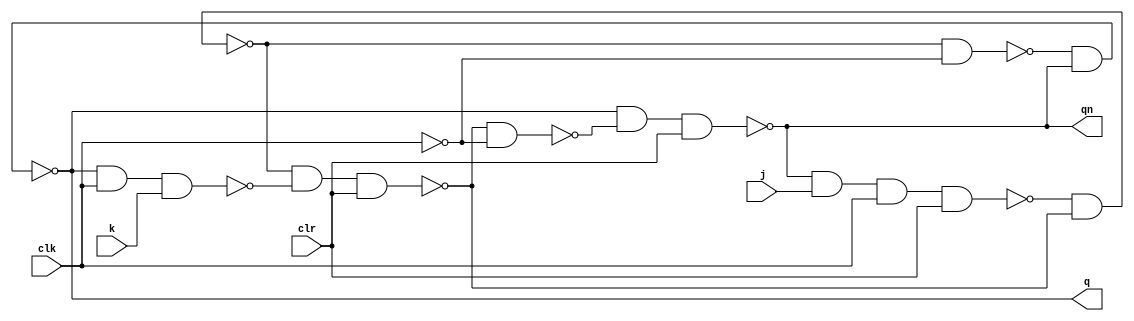
// first force clr=0. Then clr=1;

module JK_filpflop(q,qn,j,k,clk,clr);
output q,qn;
input j,k,clr,clk;
wire m,mn,p,pn,r,rn,clkn;

nand(m,qn,j,clk,clr);
nand(mn,q,clk,k);
nand(p,m,pn);
nand(pn,p,mn,clr);

not(clkn,clk);

nand(r,p,clkn);
nand(rn,pn,clkn);
nand(q,r,qn);
nand(qn,q,rn,clr);
endmodule